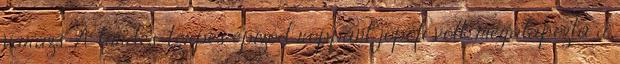
varázs. A tündés-törpés epizód roppant jópofi volt, megalapozta a